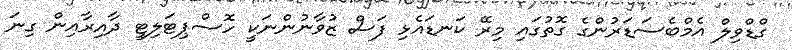
ގްޑްވިލް އެމްބެސަޑަރުންގެ ގޮތުގައި މިރޭ ކަނޑައެޅި ފަސް ޒުވާނުންނަކީ ހޮސްޕިޓަލިޓީ ދާއިރާއިން ގިނަ